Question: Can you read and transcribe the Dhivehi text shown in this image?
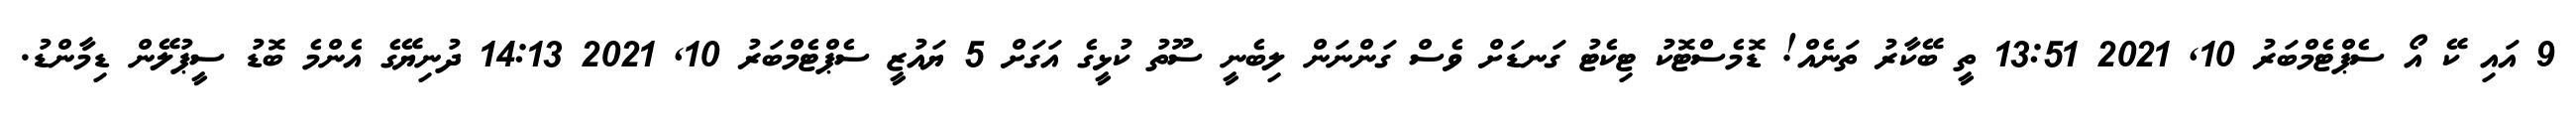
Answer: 9 އައި ކޭ އޯ ސެޕްޓެމްބަރު 10, 2021 13:51 ތީ ބޭކާރު ތަނެއް! ޑޮމެސްޓޮކު ޓިކެޓު ގަނޑަށް ވެސް ގަންނަން ލިބެނީ ސޫތު ކުޅީގެ އަގަށް 5 ޔައުޒީ ސެޕްޓެމްބަރު 10, 2021 14:13 ދުނިޔޭގެ އެންމެ ބޮޑު ސީޕުލޭން ޑިމާންޑު.